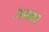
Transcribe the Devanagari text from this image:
उपराकार